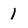
Character: 1